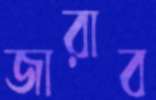
জারাব